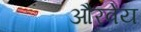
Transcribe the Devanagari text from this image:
औरवेय